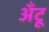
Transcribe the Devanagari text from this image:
अँटू